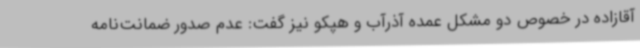
آقازاده در خصوص دو مشکل عمده آذرآب و هپکو نیز گفت: عدم صدور ضمانت‌نامه